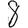
Digit: 8